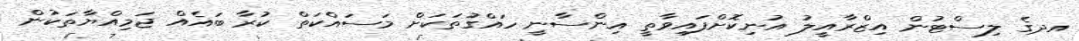
އދގެ ލިސްޓުން އިޒްރާއީލު އުނިކޮށްފައިވާތީ އިންސާނީ ހައްގުތަކަށް މަސައްކަތް ކުރާ ބައެއް ޖަމިއްޔާތަކުން